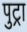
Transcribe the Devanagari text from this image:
पुट्रा